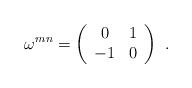
LaTeX: \begin{align*}\omega^{mn}=\left( \begin{array}{cc} 0 & 1\\ -1 & 0 \end{array} \right) \ .\end{align*}